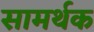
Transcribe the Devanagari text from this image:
सामर्थक